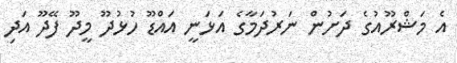
އެ މަޝްރޫއުގެ ދަށުން ނަރުދަމާގެ އަޅަނީ އައްޑޫ ހުޅުދޫ މީދޫ ފޭދޫ އަދި